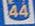
44